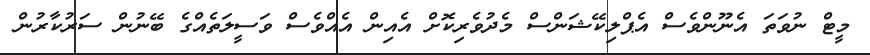
މީޓް ނުވަތަ އެނޫންވެސް އެޕްލިކޭޝަންސް މެދުވެރިކޮށް އެއިން އެއްވެސް ވަސީލަތެއްގެ ބޭނުން ސަރުކާރުން